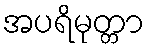
အပရိမုတ္တာ